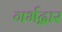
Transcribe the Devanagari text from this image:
गर्भद्वार